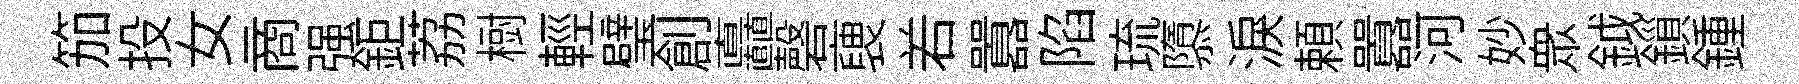
笳投女商强鉅荔𣗳輕璧創矗磬褏𠰥囂陷琉隳淚頼囂河妙衆鉞鎻鍾